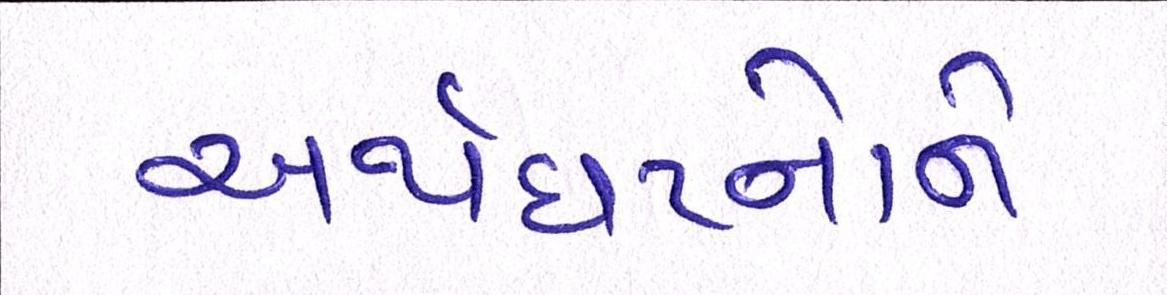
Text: અર્થઘટનોને